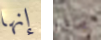
إنها ماذا